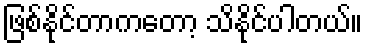
ဖြစ်နိုင်တာကတော့ သိနိုင်ပါတယ်။